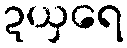
ဍယှရေ